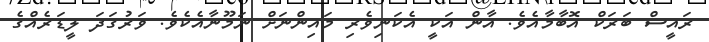
ރައީސް ބަރަކް އޮބާމާއެވެ. އާން އަކީ އެކަނިވެރި މައިންނަށް ނަމޫނާއެކެވެ. ވަރުގަދަ ލީޑަރެއްގެ